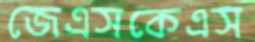
জেএসকেএস